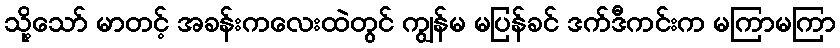
သို့သော် မာတင့် အခန်းကလေးထဲတွင် ကျွန်မ မပြန်ခင် ဒက်ဒီကင်းက မကြာမကြာ